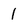
Character: 1